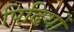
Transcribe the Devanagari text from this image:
पिढि़यों